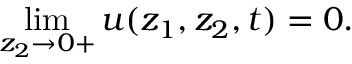
\operatorname* { l i m } _ { z _ { 2 } \to 0 + } u ( z _ { 1 } , z _ { 2 } , t ) = 0 .